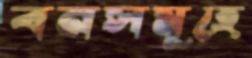
বনসমূহে